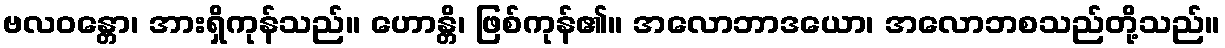
ဗလဝန္တော၊ အားရှိကုန်သည်။ ဟောန္တိ၊ ဖြစ်ကုန်၏။ အလောဘာဒယော၊ အလောဘစသည်တို့သည်။